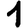
Digit: 1